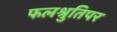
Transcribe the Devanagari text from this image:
फलश्रुतिपर